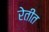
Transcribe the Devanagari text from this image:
रेतीत